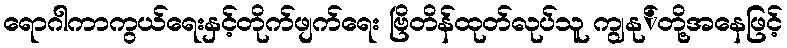
ရောဂါကာကွယ်ရေးနှင့်တိုက်ဖျက်ရေး ဗြိတိန်ထုတ်လုပ်သူ ကျွနု်တို့အနေဖြင့်